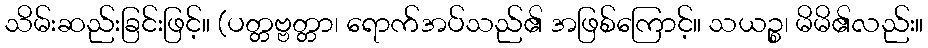
သိမ်းဆည်းခြင်းဖြင့်။ (ပတ္တဗ္ဗတ္တာ၊ ရောက်အပ်သည်၏ အဖြစ်ကြောင့်။ သယဉ္စ၊ မိမိ၏လည်း။